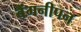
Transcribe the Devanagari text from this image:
बैंगनीपन